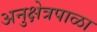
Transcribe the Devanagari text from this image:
अनुक्षेत्रपाळा